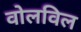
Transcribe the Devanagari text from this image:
वोलविल